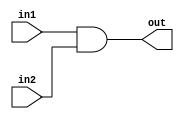



module AND_Gate( in1,in2,out);
 input in1,in2;
output reg out;
always@(*)
begin
out =in1 & in2;
end
endmodule